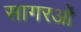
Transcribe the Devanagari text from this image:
सागरओं